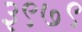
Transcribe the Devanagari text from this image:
३९७९